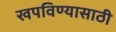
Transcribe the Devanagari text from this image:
खपविण्यासाठी